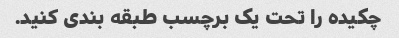
چکیده را تحت یک برچسب طبقه بندی کنید.